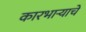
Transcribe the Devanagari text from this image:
कारभाऱ्याचे